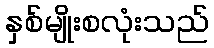
နှစ်မျိုးစလုံးသည်